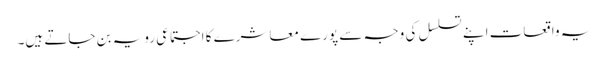
یہ واقعات اپنے تسلسل کی وجہ سے پورے معاشرے کا اجتماعی رویہ بن جاتے ہیں۔